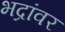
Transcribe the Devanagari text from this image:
भद्रांवर